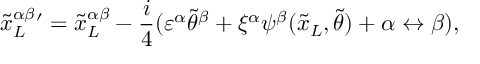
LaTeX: { { \tilde { x } _ { L } } ^ { \alpha \beta } } { } ^ { \prime } = { { \tilde { x } _ { L } } ^ { \alpha \beta } } - \frac { i } { 4 } ( \varepsilon ^ { \alpha } { \tilde { \theta } } ^ { \beta } + \xi ^ { \alpha } \psi ^ { \beta } ( { \tilde { x } _ { L } } , { \tilde { \theta } } ) + \alpha \leftrightarrow \beta ) ,